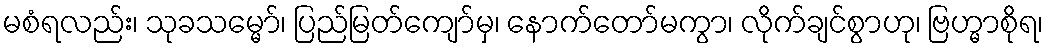
မစံရလည်း၊ သုခသမ္မော်၊ ပြည်မြတ်ကျော်မှ၊ နောက်တော်မကွာ၊ လိုက်ချင်စွာဟု၊ ဗြဟ္မာစိုရ၊